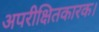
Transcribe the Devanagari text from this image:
अपरीक्षितकारक।